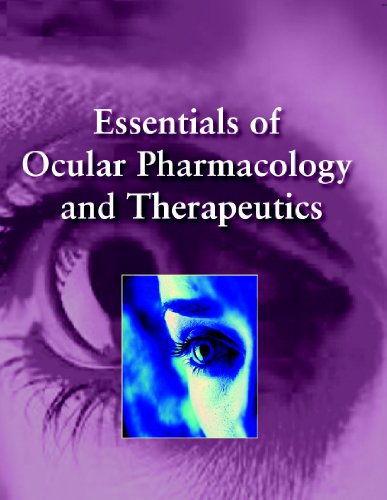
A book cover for Essentials of Ocular Pharmacology And Therapeutics; Kamal Kumar Sengupta; Medical Books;